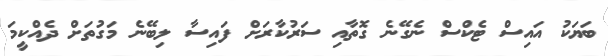
ބަޔަކު އައިސް ޓެކްސް ނެގޭނެ ގޮތާއި ސަރުކާރަށް ފައިސާ ލިބޭނެ މަގުތަށް ދެއްކީމަ